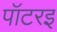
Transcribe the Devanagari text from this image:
पॉटरइ